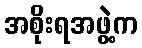
အစိုးရအဖွဲ့က